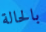
بالحالة